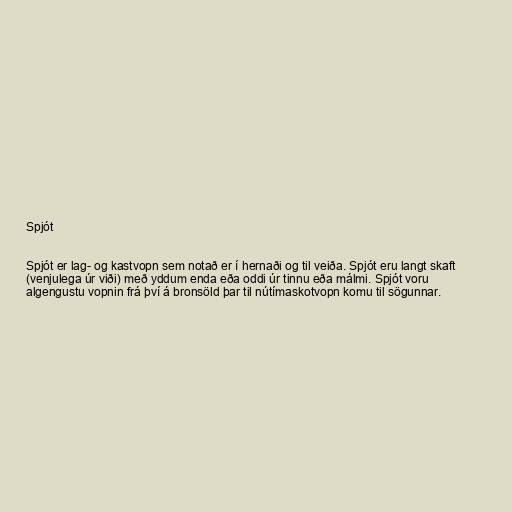
Spjót

Spjót er lag- og kastvopn sem notað er í hernaði og til veiða. Spjót eru langt skaft
(venjulega úr viði) með yddum enda eða oddi úr tinnu eða málmi. Spjót voru
algengustu vopnin frá því á bronsöld þar til nútímaskotvopn komu til sögunnar.